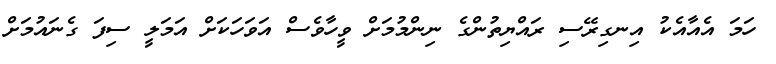
ހަމަ އެއާއެކު އިނގިރޭސި ރައްޔިތުންގެ ނިންމުމަށް ވީހާވެސް އަވަހަކަށް އަމަލީ ސިފަ ގެނައުމަށް